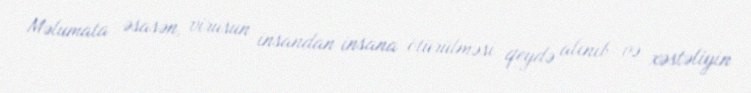
Məlumata əsasən, virusun insandan insana ötürülməsi qeydə alınıb və xəstəliyin